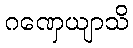
ဂဏှေယျာသိ